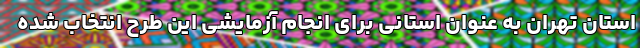
استان تهران به عنوان استانی برای انجام آزمایشی این طرح انتخاب شده